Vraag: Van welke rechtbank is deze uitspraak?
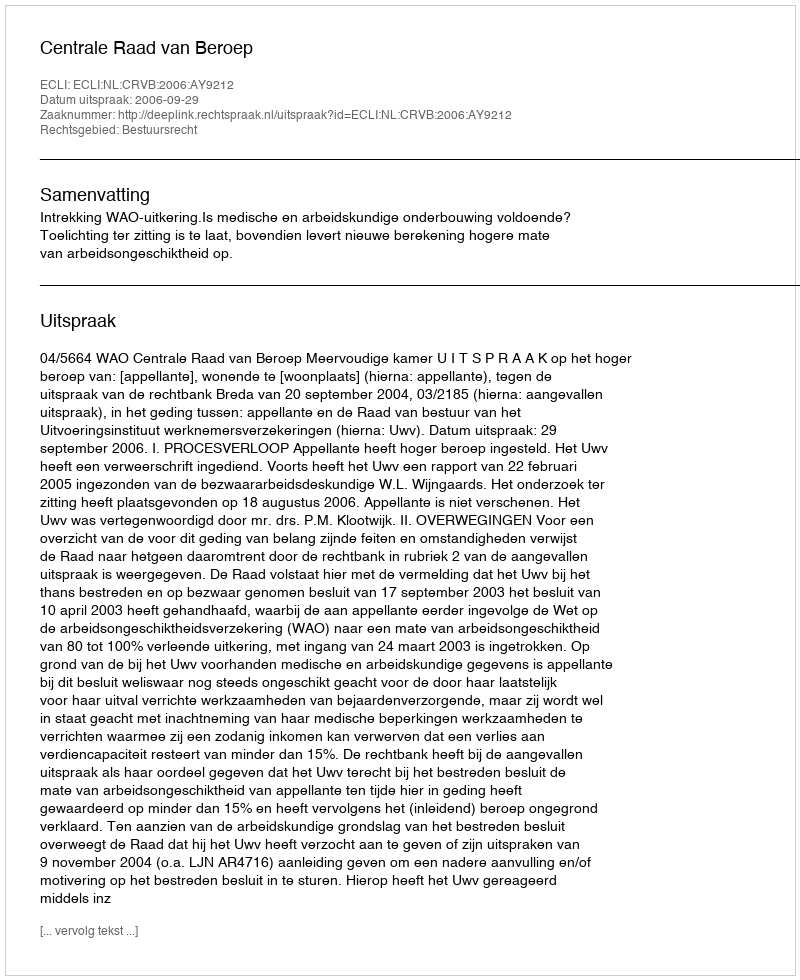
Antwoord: Centrale Raad van Beroep